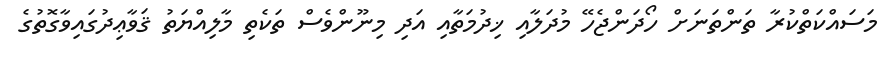
މަސައްކަތްކުރާ ތަންތަނަށް ހޯދަންޖެހޭ މުދަލާއި ޚިދުމަތާއި އަދި މިނޫންވެސް ތަކެތި މާލިއްޔަތު ޤަވާޢިދުގައިވާގޮތުގެ